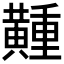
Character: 𪏘